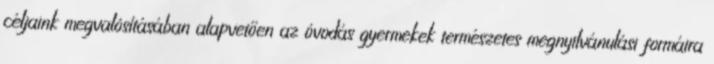
céljaink megvalósításában alapvetően az óvodás gyermekek természetes megnyilvánulási formáira